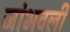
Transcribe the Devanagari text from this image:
जांभवली